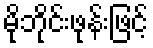
မိုဘိုင်းဖုန်းဖြင့်